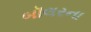
બૉલરના